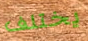
يختلف